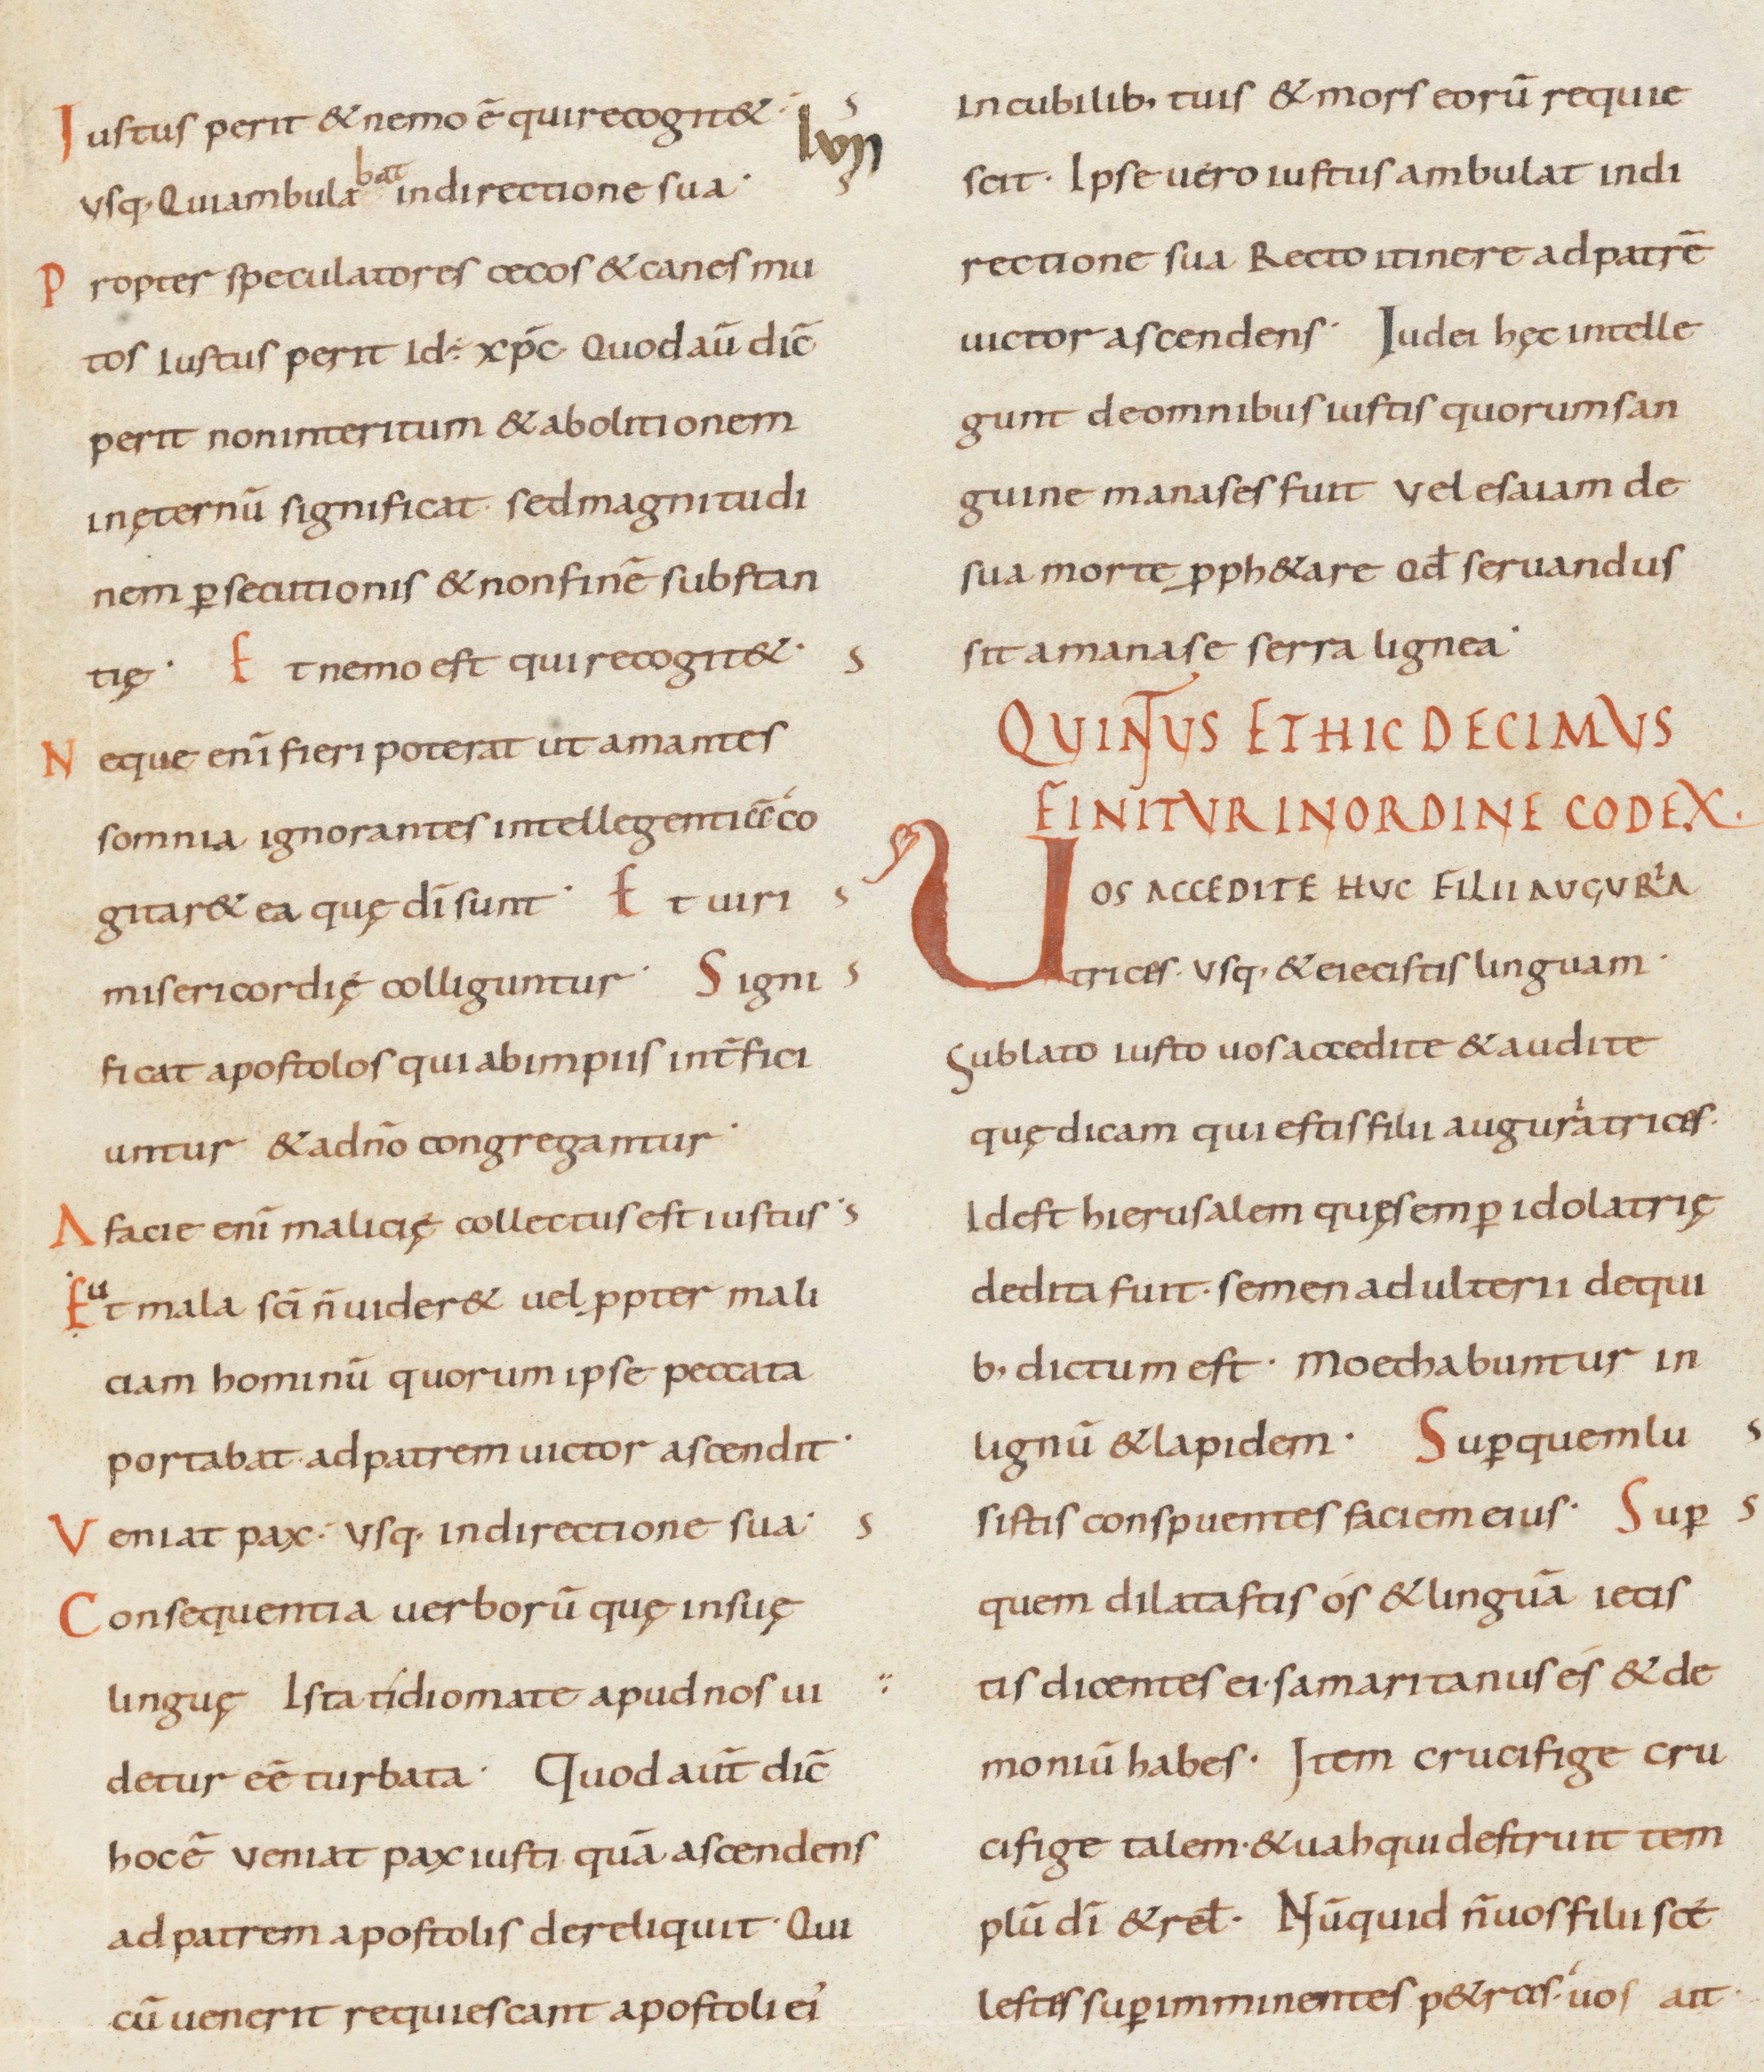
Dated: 800–899